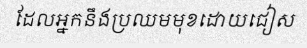
ដែលអ្នកនឹងប្រឈមមុខដោយជៀស